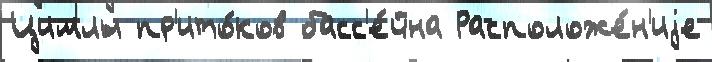
Цимлы пр'ито́ков басс'е́йна Расположе́н'иjе